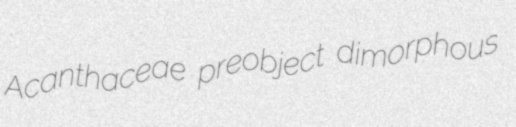
Acanthaceae preobject dimorphous